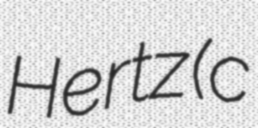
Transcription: Hertz (c